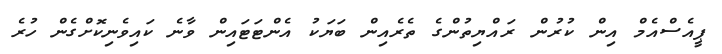
ޕީއެސްއެމް އިން ކުރުން ރައްޔިތުންގެ ތެރެއިން ބަޔަކު އެންޓަޓައިން ވާނެ ކައިވެނިކޮށްގެން ހުރެ